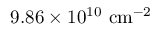
9 . 8 6 \times 1 0 ^ { 1 0 } ~ \mathrm { { c m } ^ { - 2 } }